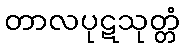
တာလပုဋသုတ္တံ